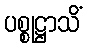
ပစ္စုဋ္ဌာသိံ